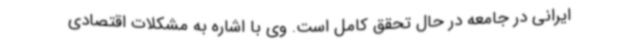
ایرانی در جامعه در حال تحقق کامل است. وی با اشاره به مشکلات اقتصادی